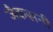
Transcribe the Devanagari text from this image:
जैकसनी